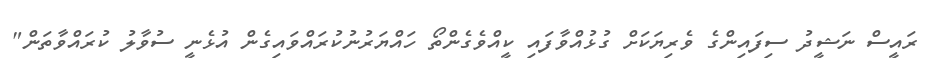
ރައީސް ނަޝީދު ސިފައިންގެ ވެރިޔަކަށް ގުޅުއްވާފައި ކީއްވެގެންތޯ ހައްޔަރުނުކުރައްވައިގެން އުޅެނީ ސުވާލު ކުރައްވާތަން"